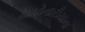
સાપોનારીયાના